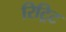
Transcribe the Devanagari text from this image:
रिट्रिट